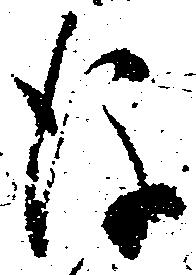
後